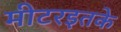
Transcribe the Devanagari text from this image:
मीटरइतके